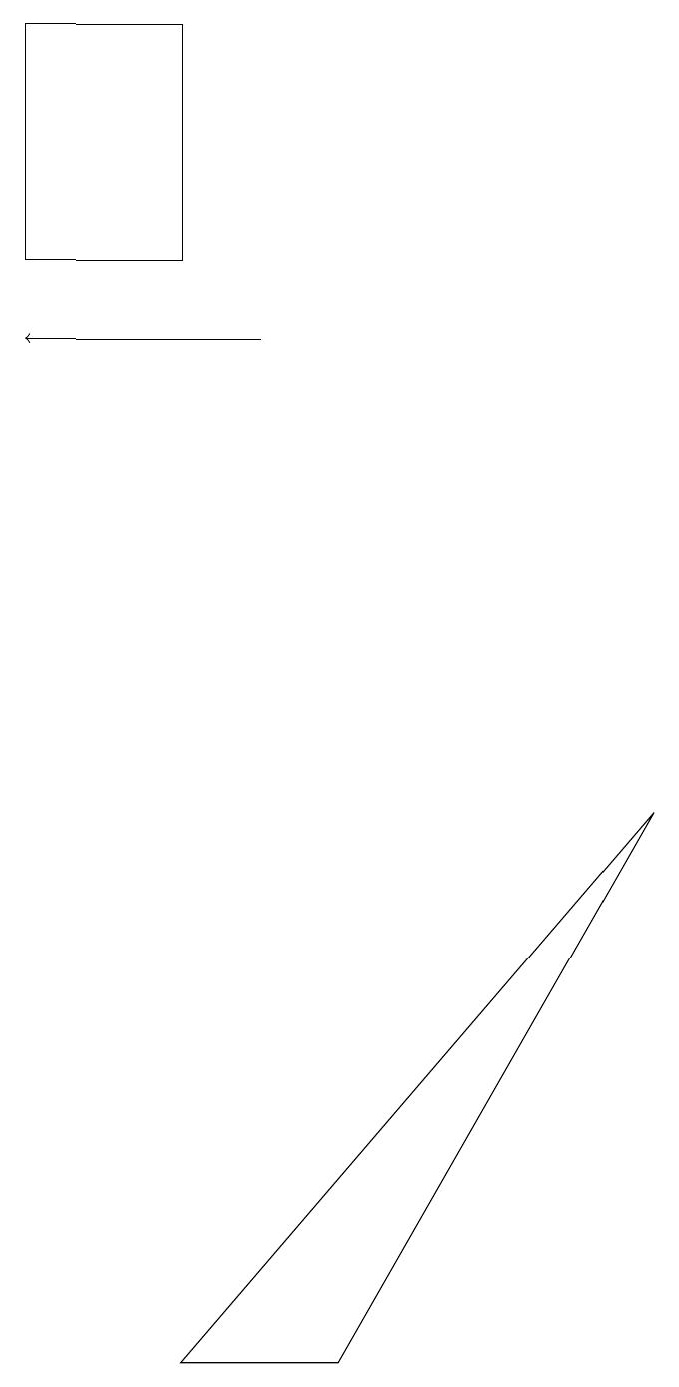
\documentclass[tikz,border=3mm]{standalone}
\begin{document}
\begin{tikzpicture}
\draw (3,17) rectangle (1,14);
\draw[->] (4,13) -- (1,13);
\draw (9,7) -- (5,0) -- (3,0) -- cycle;
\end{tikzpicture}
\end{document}